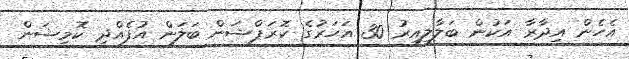
އެހެން އިދާރާ އަކުން ބަލާލިއިރު 30 އަހަރުގެ ކޮރަޕްޝަން ބަލަން އުފެއްދި ކޮމިޝަން